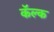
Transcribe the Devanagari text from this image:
कॅल्क